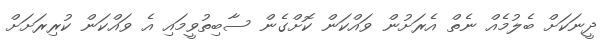
ދީނަކަށް ބެލުމެއް ނެތް އެރަށުން ވައްކަން ކޮށްގެން ސާބިތުވީމައި އެ ވައްކަން ކުރިރަށަށް